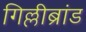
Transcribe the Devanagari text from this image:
गिल्लीब्रांड